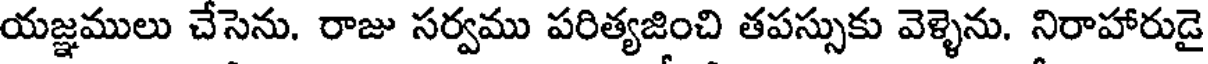
యజ్ఞములు చేసెను. రాజు సర్వము పరిత్యజించి తపస్సుకు వెళ్ళెను. నిరాహారుడై